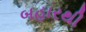
બહારથી